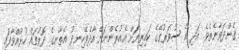
ގެންދަވާނެތެވެ. އަދި އެ ސުވަރުގޭގެ ކައިރިޔަށް އެއުރެންނަށް އާދެވޭހިނދު އެތާނގެ ދޮރުތައް ހުޅުއްވާފައި